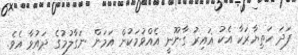
ފަދަ ހަތިޔާރަކާ އެކު ޣައިރު ގާނޫނީ އެއްވުމަކުން އަމަން ނަގާލުމުގެ ދައުވާ އެވެ.